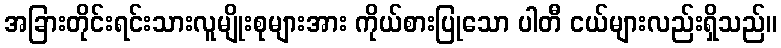
အခြားတိုင်းရင်းသားလူမျိုးစုများအား ကိုယ်စားပြုသော ပါတီ ငယ်များလည်းရှိသည်။